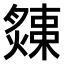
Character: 𤐬